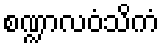
စဏ္ဍာလဝံသိကံ